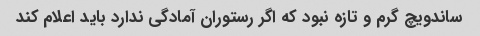
ساندویچ گرم و تازه نبود که اگر رستوران آمادگی ندارد باید اعلام کند